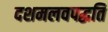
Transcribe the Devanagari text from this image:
दशमलवपद्धति